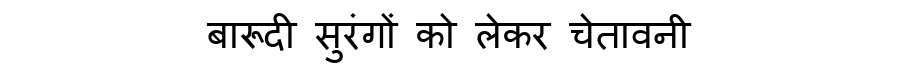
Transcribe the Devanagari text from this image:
बारूदी सुरंगों को लेकर चेतावनी